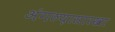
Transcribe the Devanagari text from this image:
अंगठय़ासारखा